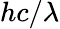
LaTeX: hc/\lambda